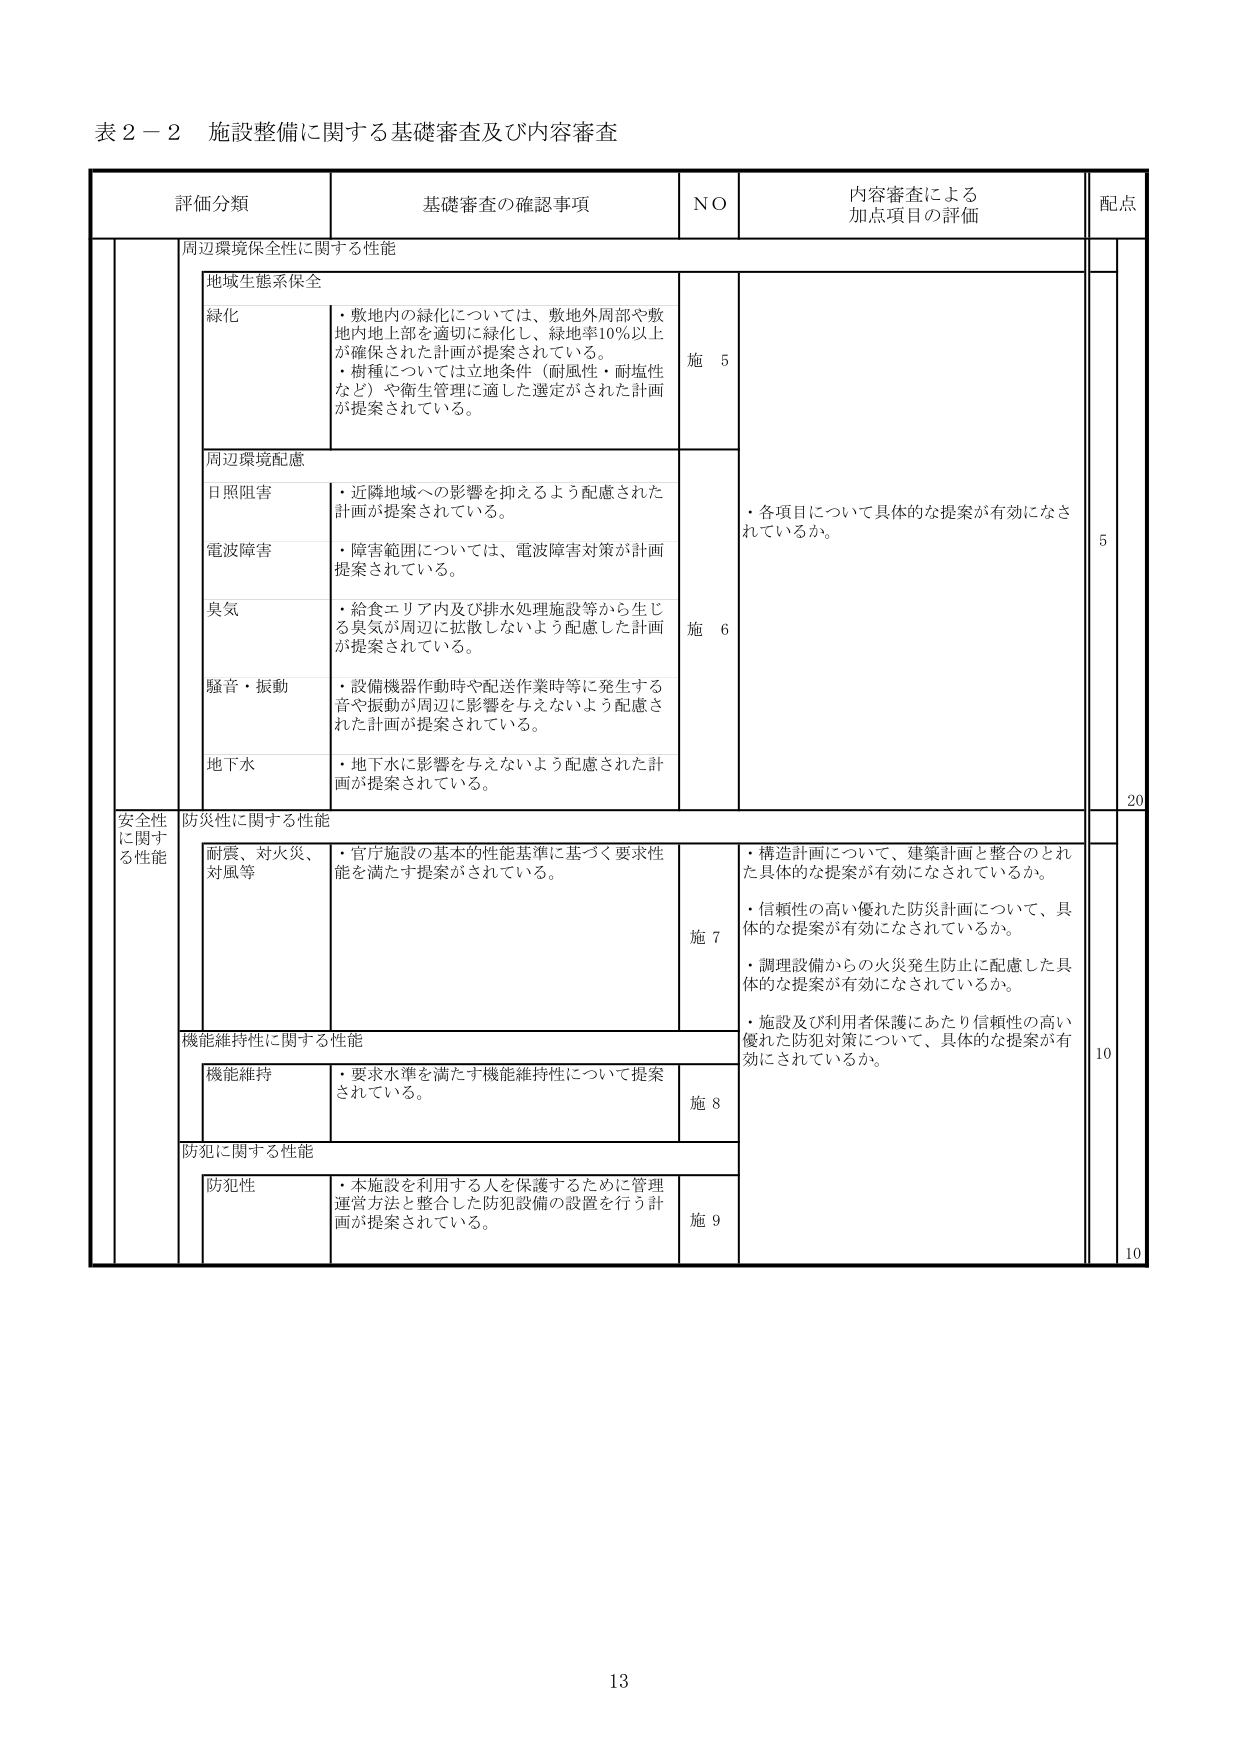
表２－２ 施設整備に関する基礎審査及び内容審査

評価分類 基礎審査の確認事項 NO 内容審査による加点項目の評価 配点

周辺環境保全性に関する性能

地域生態系保全

緑化
・敷地内の緑化については、敷地外周部や敷地内地上部を適切に緑化し、緑地率10％以上が確保された計画が提案されている。
・樹種については立地条件（耐風性・耐塩性など）や衛生管理に適した選定がされた計画が提案されている。

施 5

周辺環境配慮

日照阻害
・近隣地域への影響を抑えるよう配慮された計画が提案されている。

電波障害
・障害範囲については、電波障害対策が計画提案されている。

臭気
・給食エリア内及び排水処理施設等から生じる臭気が周辺に拡散しないよう配慮した計画が提案されている。

騒音・振動
・設備機器作動時や配送作業時等に発生する音や振動が周辺に影響を与えないよう配慮された計画が提案されている。

地下水
・地下水に影響を与えないよう配慮された計画が提案されている。

施 6

・各項目について具体的な提案が有効になされているか。

5

安全性に関する性能

防災性に関する性能

耐震、対火災、対風等
・官庁施設の基本的性能基準に基づく要求性能を満たす提案がされている。

施 7

・構造計画について、建築計画と整合のとれた具体的な提案が有効になされているか。
・信頼性の高い優れた防災計画について、具体的な提案が有効になされているか。
・調理設備からの火災発生防止に配慮した具体的な提案が有効になされているか。
・施設及び利用者保護にあたり信頼性の高い優れた防犯対策について、具体的な提案が有効にされているか。

機能維持性に関する性能

機能維持
・要求水準を満たす機能維持性について提案されている。

施 8

防犯に関する性能

防犯性
・本施設を利用する人を保護するために管理運営方法と整合した防犯設備の設置を行う計画が提案されている。

施 9

20

10

10

13